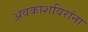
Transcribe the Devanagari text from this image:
अवकाशविरांना